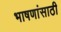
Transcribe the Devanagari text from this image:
भाषणांसाठी